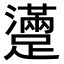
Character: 𨆻